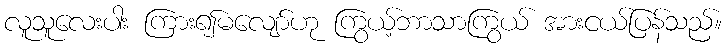
လူသူလေးပါး ကြား၍မလျော်ဟု ကြွယ့်ဘာသာကြွယ် အားငယ်ပြန်သည်။